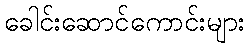
ခေါင်းဆောင်ကောင်းများ